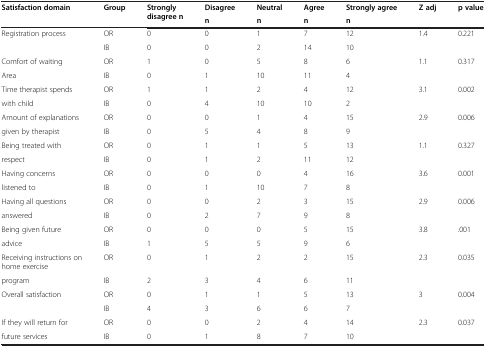
<table><thead><tr><td rowspan="2"><b>Satisfaction domain</b></td><td rowspan="2"><b>Group</b></td><td rowspan="2"><b>Strongly disagree n</b></td><td><b>Disagree</b></td><td><b>Neutral</b></td><td><b>Agree</b></td><td><b>Strongly agree</b></td><td rowspan="2"><b>Z adj</b></td><td rowspan="2"><b>p value</b></td></tr><tr><td><b>n</b></td><td><b>n</b></td><td><b>n</b></td><td><b>n</b></td></tr></thead><tbody><tr><td>Registration process</td><td>OR</td><td>0</td><td>0</td><td>1</td><td>7</td><td>12</td><td>1.4</td><td>0.221</td></tr><tr><td>[EMPTY_CELL]</td><td>IB</td><td>0</td><td>0</td><td>2</td><td>14</td><td>10</td><td>[EMPTY_CELL]</td><td>[EMPTY_CELL]</td></tr><tr><td>Comfort of waiting</td><td>OR</td><td>1</td><td>0</td><td>5</td><td>8</td><td>6</td><td>1.1</td><td>0.317</td></tr><tr><td>Area</td><td>IB</td><td>0</td><td>1</td><td>10</td><td>11</td><td>4</td><td>[EMPTY_CELL]</td><td>[EMPTY_CELL]</td></tr><tr><td>Time therapist spends</td><td>OR</td><td>1</td><td>1</td><td>2</td><td>4</td><td>12</td><td>3.1</td><td>0.002</td></tr><tr><td>with child</td><td>IB</td><td>0</td><td>4</td><td>10</td><td>10</td><td>2</td><td>[EMPTY_CELL]</td><td>[EMPTY_CELL]</td></tr><tr><td>Amount of explanations</td><td>OR</td><td>0</td><td>0</td><td>1</td><td>4</td><td>15</td><td>2.9</td><td>0.006</td></tr><tr><td>given by therapist</td><td>IB</td><td>0</td><td>5</td><td>4</td><td>8</td><td>9</td><td>[EMPTY_CELL]</td><td>[EMPTY_CELL]</td></tr><tr><td>Being treated with</td><td>OR</td><td>0</td><td>1</td><td>1</td><td>5</td><td>13</td><td>1.1</td><td>0.327</td></tr><tr><td>respect</td><td>IB</td><td>0</td><td>1</td><td>2</td><td>11</td><td>12</td><td>[EMPTY_CELL]</td><td>[EMPTY_CELL]</td></tr><tr><td>Having concerns</td><td>OR</td><td>0</td><td>0</td><td>0</td><td>4</td><td>16</td><td>3.6</td><td>0.001</td></tr><tr><td>listened to</td><td>IB</td><td>0</td><td>1</td><td>10</td><td>7</td><td>8</td><td>[EMPTY_CELL]</td><td>[EMPTY_CELL]</td></tr><tr><td>Having all questions</td><td>OR</td><td>0</td><td>0</td><td>2</td><td>3</td><td>15</td><td>2.9</td><td>0.006</td></tr><tr><td>answered</td><td>IB</td><td>0</td><td>2</td><td>7</td><td>9</td><td>8</td><td>[EMPTY_CELL]</td><td>[EMPTY_CELL]</td></tr><tr><td>Being given future</td><td>OR</td><td>0</td><td>0</td><td>0</td><td>5</td><td>15</td><td>3.8</td><td>.001</td></tr><tr><td>advice</td><td>IB</td><td>1</td><td>5</td><td>5</td><td>9</td><td>6</td><td>[EMPTY_CELL]</td><td>[EMPTY_CELL]</td></tr><tr><td>Receiving instructions on home exercise</td><td>OR</td><td>0</td><td>1</td><td>2</td><td>2</td><td>15</td><td>2.3</td><td>0.035</td></tr><tr><td>program</td><td>IB</td><td>2</td><td>3</td><td>4</td><td>6</td><td>11</td><td>[EMPTY_CELL]</td><td>[EMPTY_CELL]</td></tr><tr><td>Overall satisfaction</td><td>OR</td><td>0</td><td>1</td><td>1</td><td>5</td><td>13</td><td>3</td><td>0.004</td></tr><tr><td>[EMPTY_CELL]</td><td>IB</td><td>4</td><td>3</td><td>6</td><td>6</td><td>7</td><td>[EMPTY_CELL]</td><td>[EMPTY_CELL]</td></tr><tr><td>If they will return for</td><td>OR</td><td>0</td><td>0</td><td>2</td><td>4</td><td>14</td><td>2.3</td><td>0.037</td></tr><tr><td>future services</td><td>IB</td><td>0</td><td>1</td><td>8</td><td>7</td><td>10</td><td>[EMPTY_CELL]</td><td>[EMPTY_CELL]</td></tr></tbody></table>